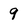
Character: 9